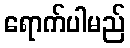
ရောက်ပါမည်